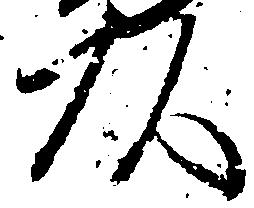
頭